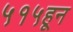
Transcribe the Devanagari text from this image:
५१५हून